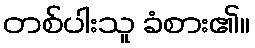
တစ်ပါးသူ ခံစား၏။